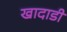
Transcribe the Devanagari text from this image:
खादाडी